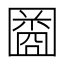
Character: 𫭒